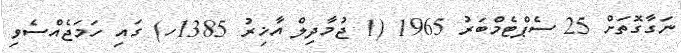
ނަގާގޮތަށް 25 ސެޕްޓެމްބަރު 1965 (1 ޖުމާދިލް އާޚިރު 1385ހ) ގައި ހަމަޖެއްސެވި